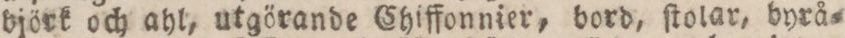
björk och ahl, utgörande Chiffonnier, bord, ſtolar, byrå=